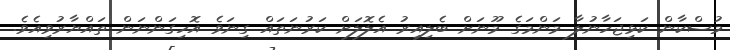
މުސްކާން ކަޅިޖަހާނުލާ މަންމަގެ މޫނަށް ބެލިއިރު އެލޮލަށް ކަރުނަތައް ގިނަވެ އޮހިގަންނަން ތައްޔާރުވިއެވެ.